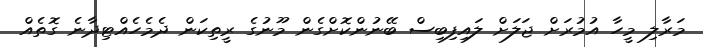
މަރާލި މީހާ އުމުރަށް ޖަލަށް ލައިފިބިސް ބޭނުންކޮށްގެން މޫނުގެ ރީތިކަން ދެމެހެއްޓިދާނެ ގޮތެއް